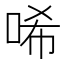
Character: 唏